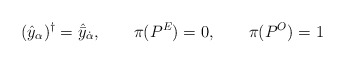
\begin{align*}(\hat{y}_\alpha )^\dagger =\hat{\bar{y}}_{\dot{\alpha}},\qquad \pi (P^E)=0,\qquad \pi (P^O )=1\,\end{align*}